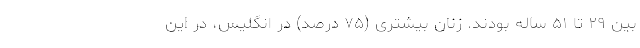
بین ۲۹ تا ۵۱ ساله بودند. زنان بیشتری (۷۵ درصد) در انگلیس، در این